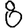
Digit: 8